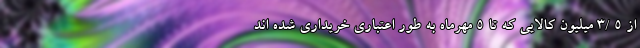
از 5 /3 میلیون کالایی که تا 5 مهرماه به طور اعتباری خریداری شده اند